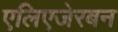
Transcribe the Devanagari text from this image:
एलिएजेरबन